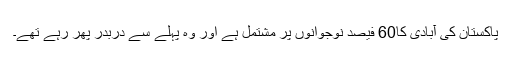
پاکستان کی آبادی کا60 فیصد نوجوانوں پر مشتمل ہے اور وہ پہلے سے دربدر پھر رہے تھے۔